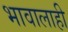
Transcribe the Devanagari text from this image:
भावालाही